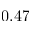
0 . 4 7